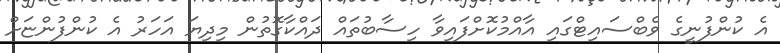
އެ ކުންފުނީގެ ވެބްސައިޓްގައި އާއްމުކޮށްފައިވާ ހިސާބުތައް ދައްކާގޮތުން މިދިޔަ އަހަރު އެ ކުންފުންޏަށް